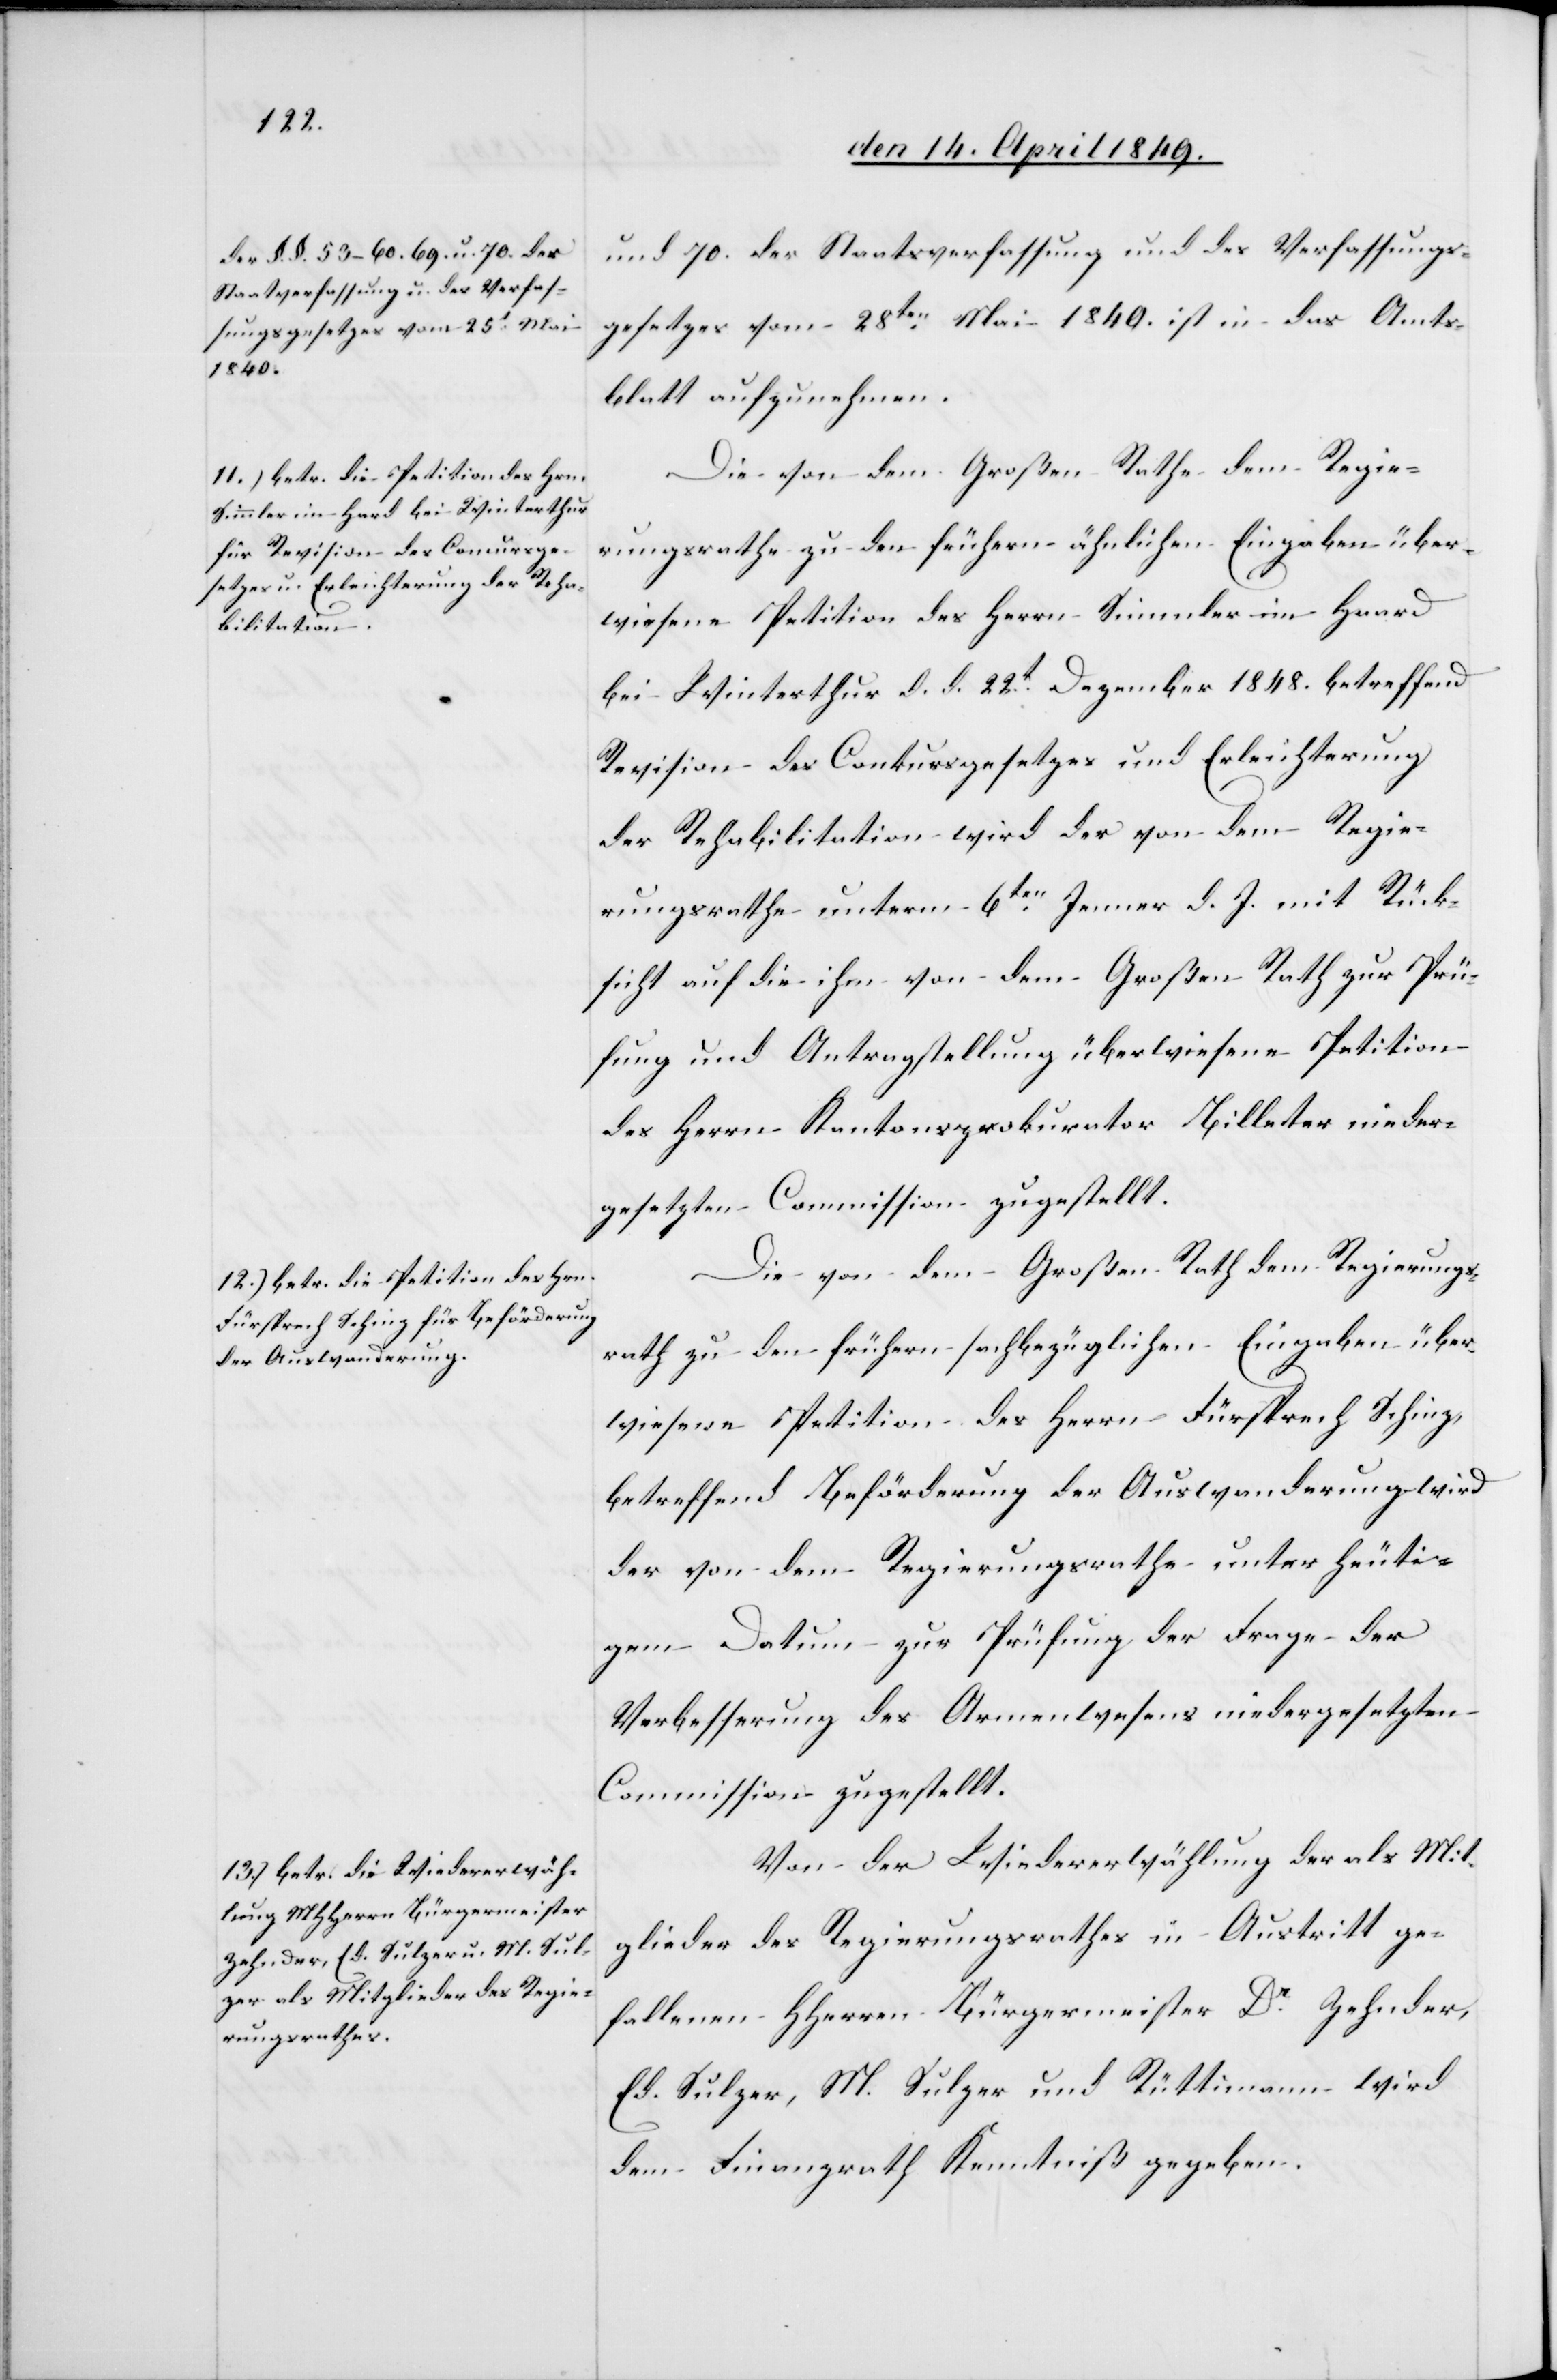
und 70. der Staatsverfassung und des Verfassungs¬
gesetzes vom 28ten Mai 1840. ist in das Amts¬
blatt aufzunehmen.
Die von dem Großen Rathe dem Regie¬
rungsrathe zu den frühern ähnlichen Eingaben über¬
wiesene Petition des Herrn Simmler in Haard
bei Winterthur d. d. 22t Dezember 1848. betreffend
Revision des Conkursgesetzes und Erleichterung
der Rehabilitation wird der von dem Regie¬
rungsrathe unterm 6ten Jenner d. J. mit Rück¬
sicht auf die ihm von dem Großen Rathe zur Prü¬
fung und Antragstellung überwiesene Petition
des Herrn Kantonsprokurator Billeter nieder¬
gesetzten Commission zugestellt.
Die von dem Großen Rath dem Regierungs¬
rath zu den frühern sachbezüglichen Eingaben über¬
wiesene Petition des Herrn Fürsprech Schinz,
betreffend Beförderung der Auswanderung wird
der von dem Regierungsrathe unter heuti¬
gem Datum zur Prüfung der Frage der
Verbesserung des Armenwesens niedergesetzten
Commission zugestellt.
Von der Wiedererwählung der als Mit¬
glieder des Regierungsrathes in Austritt ge¬
fallenen HHerren Bürgermeister Dr Zehnder,
Ed. Sulzer, M. Sulzer und Rüttimann wird
dem Finanzrath Kenntniß gegeben.